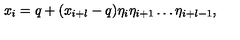
x _ { i } = q + ( x _ { i + l } - q ) \eta _ { i } \eta _ { i + 1 } \dots \eta _ { i + l - 1 } ,